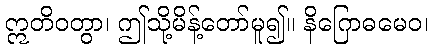
ဣတိဝတွာ၊ ဤသို့မိန့်တော်မူ၍။ နိဂြောဓမေဝ၊